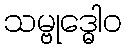
သမ္ဗုဒ္ဓေါဝ